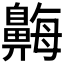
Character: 𪖫